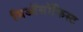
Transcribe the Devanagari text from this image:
थिऑसॉफिस्ट